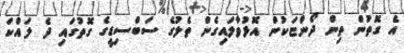
އެ ގޮތުން ތިން ދޯންޏަކުން އޮޅުވާލައިގެން ތެލުގެ ސަބްސިޑީގެ ގޮތުގައި ދެ ލައްކަ